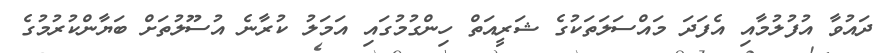
ދައުވާ އުފުލުމާއި އެފަދަ މައްސަލަތަކުގެ ޝަރީއަތް ހިންގުމުގައި އަމަލު ކުރާނެ އުސޫލުތަށް ބަޔާންކުރުމުގެ